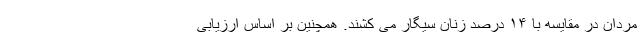
مردان در مقایسه با ۱۴ درصد زنان سیگار می کشند. همچنین بر اساس ارزیابی